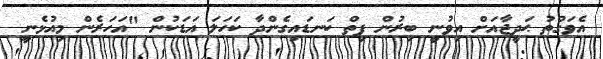
އެވަގުތު ޙަދީޖާއަށް އިވުނީ ބިރުން ފިތް ކަނޑައިގެންދާ ކަހަލަ އަޑަކުން "އަހަރެން މިއުޅެނީ